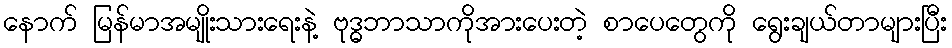
နောက် မြန်မာအမျိုးသားရေးနဲ့ ဗုဒ္ဓဘာသာကိုအားပေးတဲ့ စာပေတွေကို ရွေးချယ်တာများပြီး